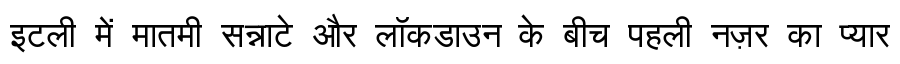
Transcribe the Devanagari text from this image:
इटली में मातमी सन्नाटे और लॉकडाउन के बीच पहली नज़र का प्यार